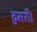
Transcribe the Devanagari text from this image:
ठुमरी।